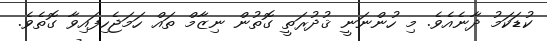
ކުޑަކަމު ދާނެއެވެ. މި ހުންނަނީ ޤުދުރަތީ ގޮތުން ނިޒާމް ތައް ހަމަޖެހިފައިވާ ގޮތެވެ.